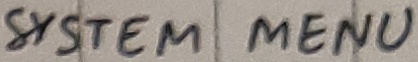
Text: SYSTEM MENU